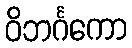
ဝိဘင်္ဂကော